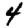
Digit: 4